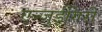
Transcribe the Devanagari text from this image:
एन्ज़ुईगिरी